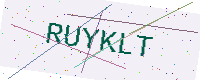
Text: RUYKLT